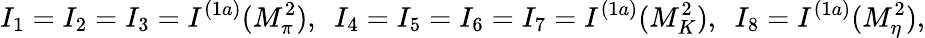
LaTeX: I_{1}=I_{2}=I_{3}=I^{(1a)}(M_{\pi}^{2}),\ \ I_{4}=I_{5}=I_{6}=I_{7}=I^{(1a)}(M_{K}^{2}),\ \ I_{8}=I^{(1a)}(M_{\eta}^{2}),